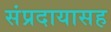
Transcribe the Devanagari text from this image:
संप्रदायासह